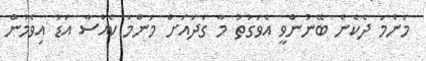
މަންމަ ދެކެން ބޭނުންވީ އެވަގުތު މާ ގަދައަށް މަންމަ ކެއްސާ އަޑު އިވެމުން